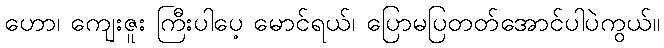
ဟော၊ ကျေးဇူး ကြီးပါပေ့ မောင်ရယ်၊ ပြောမပြတတ်အောင်ပါပဲကွယ်။